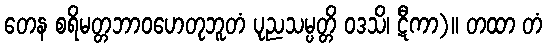
တေန စရိမတ္တဘာဝဟေတုဘူတံ ပုညသမ္ပတ္တိ ဝဒသိ၊ ဋီကာ)။ တထာ တံ